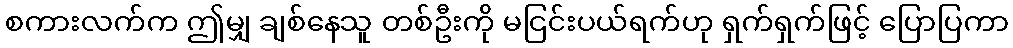
စကားလက်က ဤမျှ ချစ်နေသူ တစ်ဦးကို မငြင်းပယ်ရက်ဟု ရှက်ရှက်ဖြင့် ပြောပြကာ